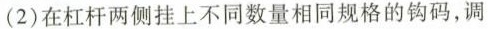
(2)在杠杆两侧挂上不同数量相同规格的钩码，调